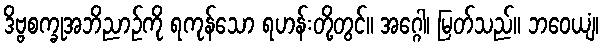
ဒိဗ္ဗစက္ခုအဘိညာဉ်ကို ရကုန်သော ရဟန်းတို့တွင်။ အဂ္ဂေါ၊ မြတ်သည်။ ဘဝေယျံ၊